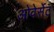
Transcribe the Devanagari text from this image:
ओवेर्सेट